65_HS1-834228961_62-HQ-83894_Section_5
Agency: FBI
Page 7
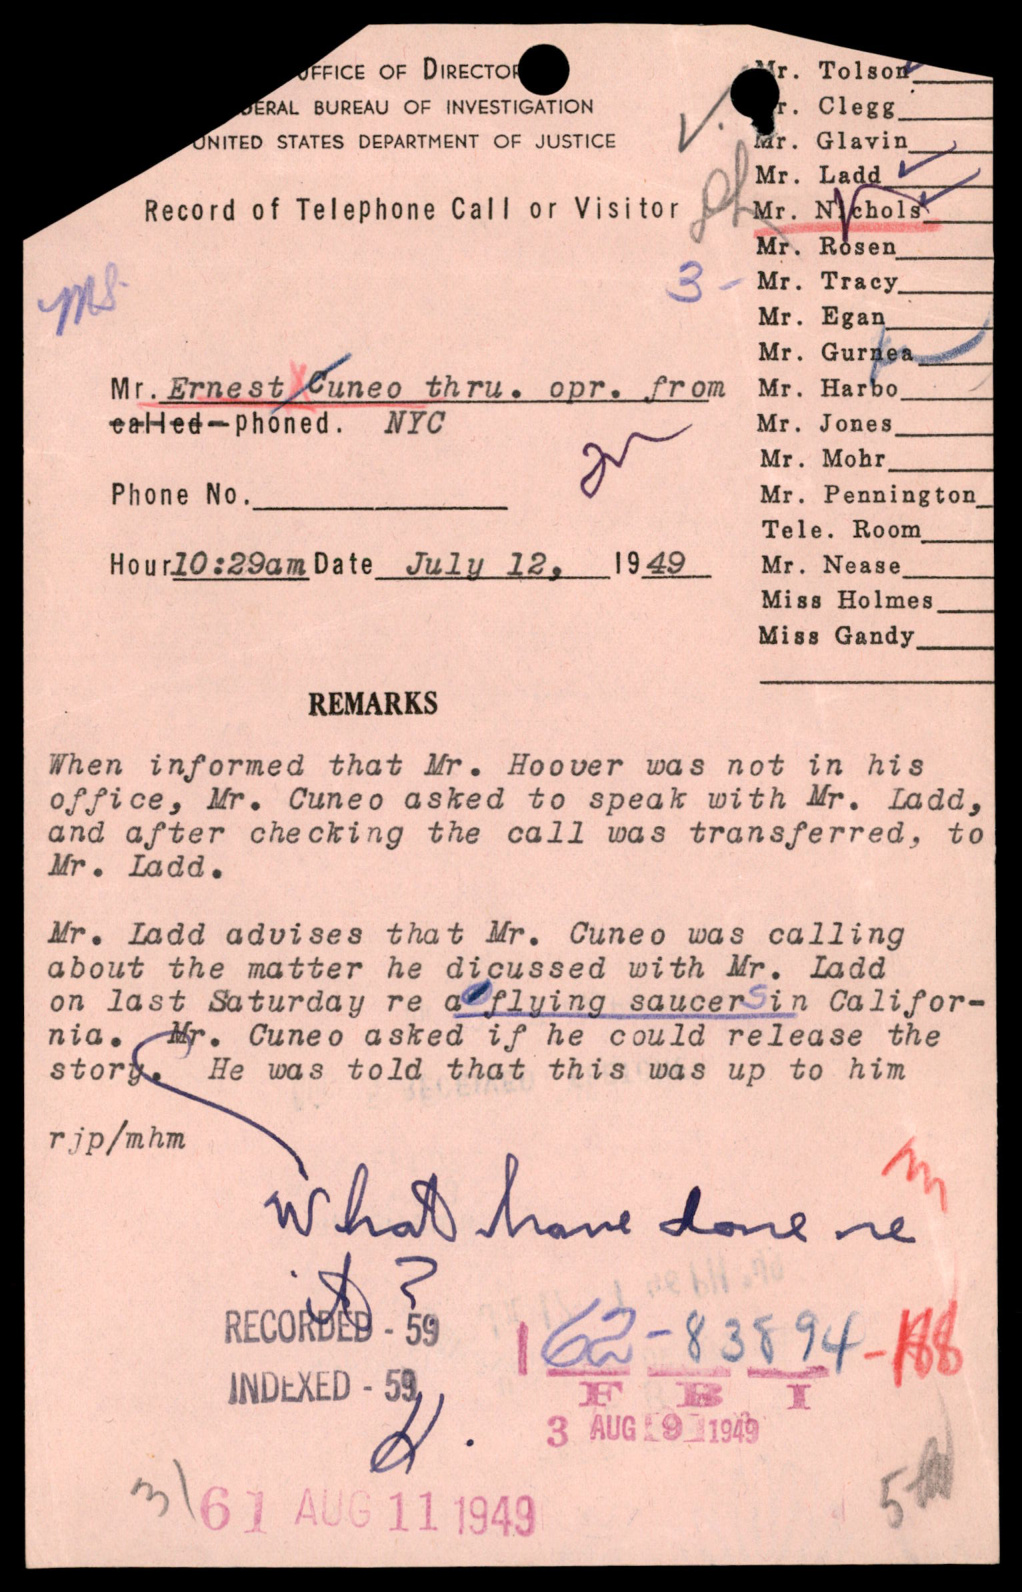